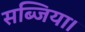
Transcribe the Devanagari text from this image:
सब्जिया।